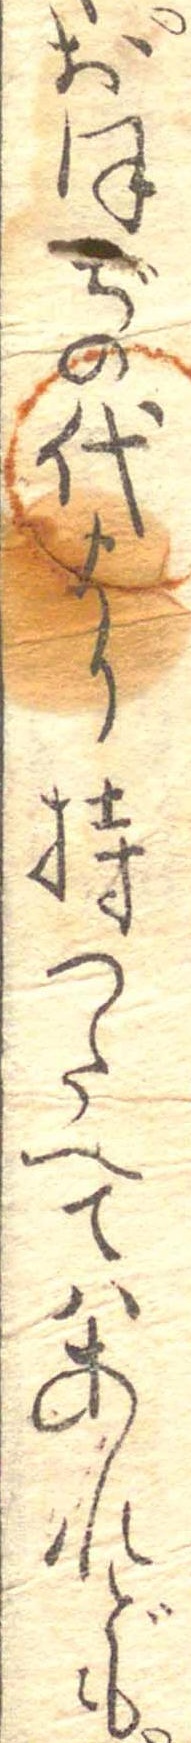
おほぢの代より持つたへてはあれども